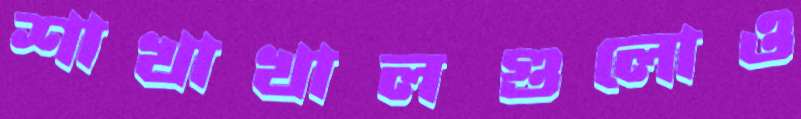
শাখাখালগুলোও